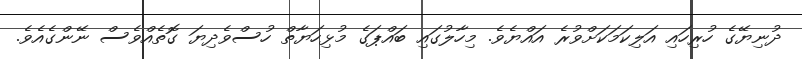
ދުނިޔޭގެ ހުރިހައި އަލިކަމަކަށްވުރެ އައްޔެވެ. މިހާލުގައި ބައްޕަގެ މުޅިހަޔާތް ހުސްވެދިޔަ ގޮތެެއްވެސް ނޭންގެއެވެ.